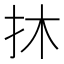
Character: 𢪮